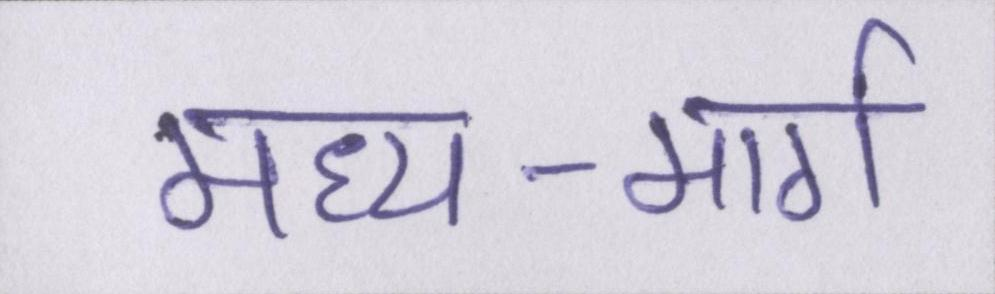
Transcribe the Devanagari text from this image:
मध्य-मार्ग